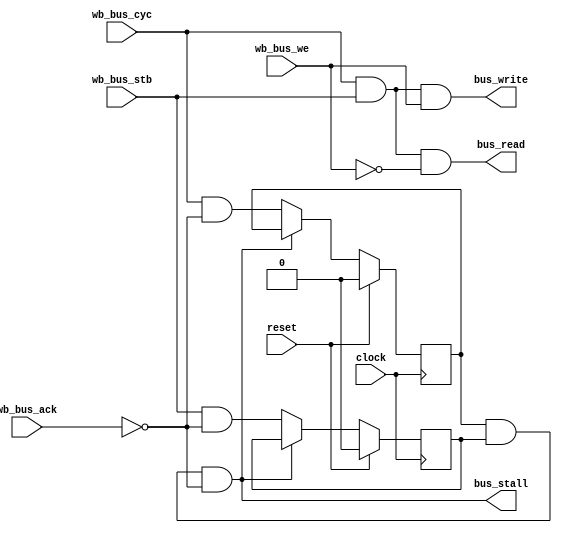
`default_nettype none

/*Module declaration 
	wire busI_write;
	wire busI_read;
	wire busI_stall;
	wire busD_write;
	wire busD_read;
	wire busD_stall;
 FT_BusStallDet i_stallDetI(
	.clock(sys_clk),
	.reset(main_basesoc_reset),
	// -- Bus Signals --
	.wb_bus_cyc(main_basesoc_ibus_cyc), // bus cyc signal
	.wb_bus_stb(main_basesoc_ibus_stb), // bus stb signal
	.wb_bus_ack(main_basesoc_ibus_ack), // bus ack signal
	.wb_bus_we(main_basesoc_ibus_we),  // bus we signal
	// -- Output Signals --
	.bus_write(busI_write),
	.bus_read(busI_read),
	.bus_stall(busI_stall)
	);

 FT_BusStallDet i_stallDetD(
	.clock(sys_clk),
	.reset(main_basesoc_reset),
	// -- Bus Signals --
	.wb_bus_cyc(main_basesoc_dbus_cyc), // bus cyc signal
	.wb_bus_stb(main_basesoc_dbus_stb), // bus stb signal
	.wb_bus_ack(main_basesoc_dbus_ack), // bus ack signal
	.wb_bus_we(main_basesoc_dbus_we),  // bus we signal
	// -- Output Signals --
	.bus_write(busD_write),
	.bus_read(busD_read),
	.bus_stall(busD_stall)
	);

*/



module FT_BusStallDet (
	// -- Common Signals --
	input wire					clock, // module FPGA clock
	input wire					reset, // module reset (global)
	// -- Bus Signals --
	input wire 					wb_bus_cyc, // bus cyc signal
	input wire 					wb_bus_stb, // bus stb signal
	input wire 					wb_bus_ack, // bus ack signal
	input wire					wb_bus_we,  // bus we signal
	// -- Output Signals --
	output wire					bus_write,
	output wire					bus_read,
	output wire					bus_stall
    );


	// hold on to the last cyc and stb states
	reg last_cyc;
	reg last_stb;

	assign bus_write = wb_bus_cyc & wb_bus_stb & wb_bus_we;
	assign bus_read = wb_bus_cyc & wb_bus_stb & (~wb_bus_we);

	assign bus_stall = last_cyc & last_stb & (~wb_bus_ack);

	// clock process
	always @(posedge clock)
	begin
		if( reset) begin
			last_cyc <= 0;
			last_stb <= 0;
		end else begin
			if( ~bus_stall ) begin
				last_cyc <= wb_bus_cyc & (~wb_bus_ack);
				last_stb <= wb_bus_stb & (~wb_bus_ack);
			end
		end
	end


endmodule

`default_nettype wire